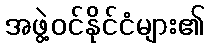
အဖွဲ့ဝင်နိုင်ငံများ၏